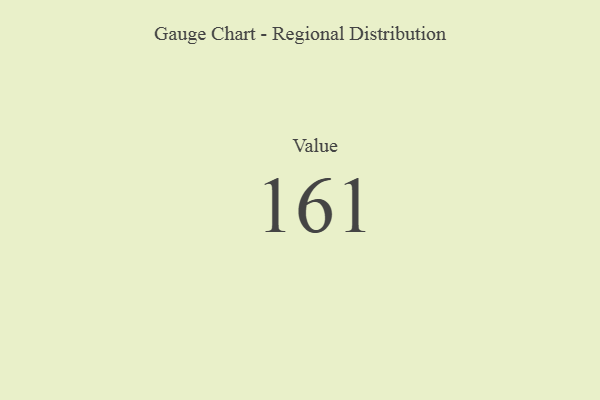
{"axis": {"x": "Metric", "y": "Value"}, "legend": [""], "data": [{"x": "Value", "y": 161, "type": ""}]}